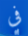
في